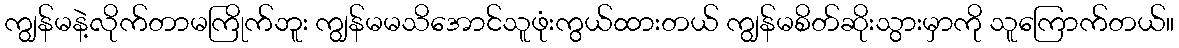
ကျွန်မနဲ့လိုက်တာမကြိုက်ဘူး ကျွန်မမသိအောင်သူဖုံးကွယ်ထားတယ် ကျွန်မစိတ်ဆိုးသွားမှာကို သူကြောက်တယ်။